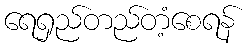
ရေရှည်တည်တံ့စေရန်